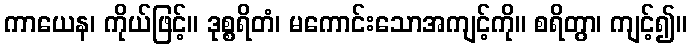
ကာယေန၊ ကိုယ်ဖြင့်။ ဒုစ္စရိတံ၊ မကောင်းသောအကျင့်ကို။ စရိတွာ၊ ကျင့်၍။